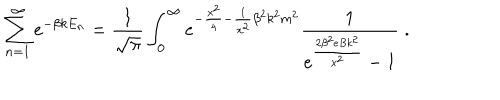
\sum _ { n = 1 } ^ { \infty } e ^ { - \beta k E _ { n } } = \frac { 1 } { \sqrt { \pi } } \int _ { 0 } ^ { \infty } e ^ { - \frac { x ^ { 2 } } { 4 } - \frac { 1 } { x ^ { 2 } } { \beta } ^ { 2 } k ^ { 2 } m ^ { 2 } } \frac { 1 } { e ^ { \frac { 2 { \beta } ^ { 2 } e B k ^ { 2 } } { x ^ { 2 } } } - 1 } \; .